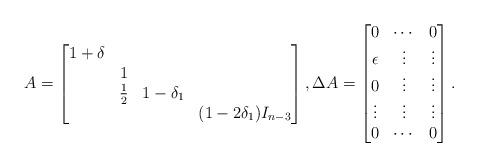
LaTeX: \begin{align*}A = \left[\begin{matrix} 1+\delta & \ & \ &\ \\ \ & 1 & \ &\ \\ \ & \frac{1}{2} & 1-\delta_1 &\ \\\ &\ &\ &(1-2\delta_1)I_{n-3}\end{matrix} \right], \Delta A = \left[\begin{matrix} 0& \cdots & 0 \\ \epsilon & \vdots & \vdots\\ 0& \vdots & \vdots \\\vdots& \vdots & \vdots\\0 &\cdots & 0\end{matrix} \right]. \end{align*}